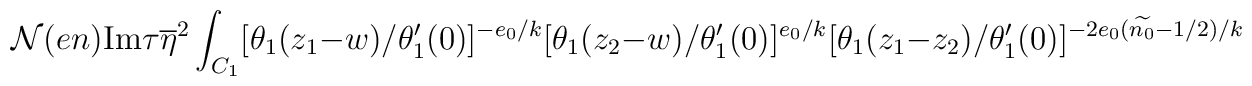
{\cal N}(en)\mbox{Im}\tau\overline{\eta}^{2}\int_{C_{1}}  [\theta_{1}(z_{1}-w)/\theta'_{1}(0)]^{-e_{0}/k}[\theta_{1}(z_{2}-w)/\theta'_{1}(0)]^{e_{0}/k}[\theta_{1}(z_{1}-z_{2})/\theta'_{1}(0)]^{-2e_{0}(\widetilde{n_{0}}-1/2)/k}